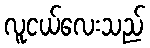
လူငယ်လေးသည်